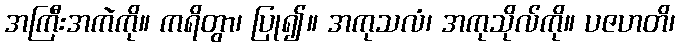
အကြီးအကဲကို။ ကရိတွာ၊ ပြု၍။ အကုသလံ၊ အကုသိုလ်ကို။ ပဇဟတိ၊